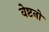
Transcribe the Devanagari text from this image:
वेष्टनों